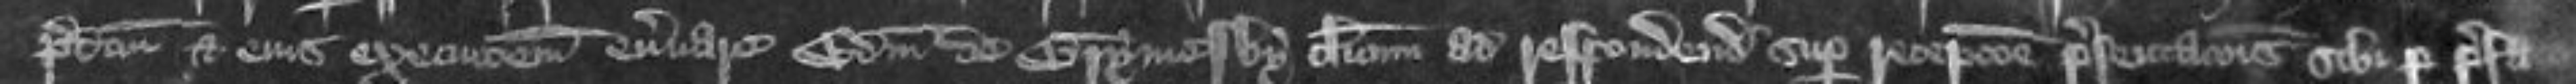
predictum et eius executionem enervare Edwardum de Grymesby clericum ad respondendum super receptione presentationis sibi per prefatos